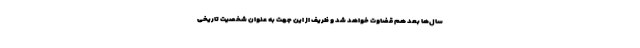
سال‌ها بعد هم قضاوت خواهد شد و ظریف از این جهت به عنوان شخصیت تاریخی